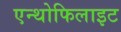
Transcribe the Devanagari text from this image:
एन्थोफिलाइट